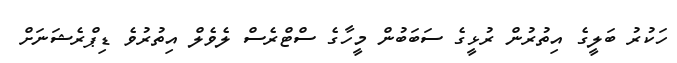
ހަކުރު ބަލީގެ އިތުރުން ރުޅީގެ ސަބަބުން މީހާގެ ސްޓްރެސް ލެވެލް އިތުރުވެ ޑިޕްރެޝަނަށް